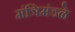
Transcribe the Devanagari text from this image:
मंत्रिमंडळे